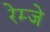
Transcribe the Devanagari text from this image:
रेम्जे